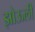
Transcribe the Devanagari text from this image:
झोऊली